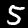
Digit: 5